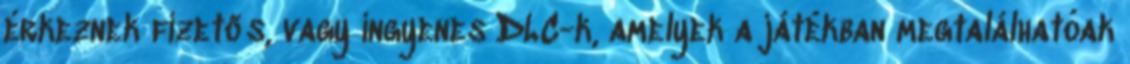
érkeznek fizetős, vagy ingyenes DLC-k, amelyek a játékban megtalálhatóak